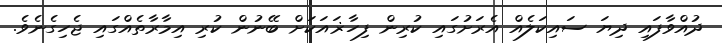
ދުއްވާފައި ދިޔަ ސައިކަލެއް އެރަށުގައި ކުރިން ފިހާޜައަކަށް ބޭނުން ކުރި އިމާރާތެއްގައި ޖެހިގެނެވެ.